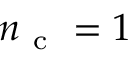
n _ { \mathrm { ~ c ~ } } = 1